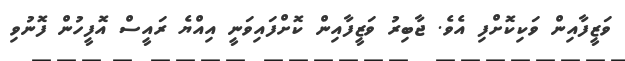
ވަޒީފާއިން ވަކިކޮށްފި އެވެ. ޖާބިރު ވަޒީފާއިން ކޮށްފައިވަނީ އިއްޔެ ރައީސް އޮފީހުން ފޮނުވި